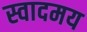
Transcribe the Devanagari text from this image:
स्वादमय